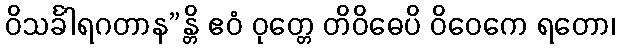
ဝိသင်္ခါရဂတာန”န္တိ ဧဝံ ဝုတ္တေ တိဝိဓေပိ ဝိဝေကေ ရတော၊